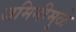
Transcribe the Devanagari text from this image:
जमिनीमुळे